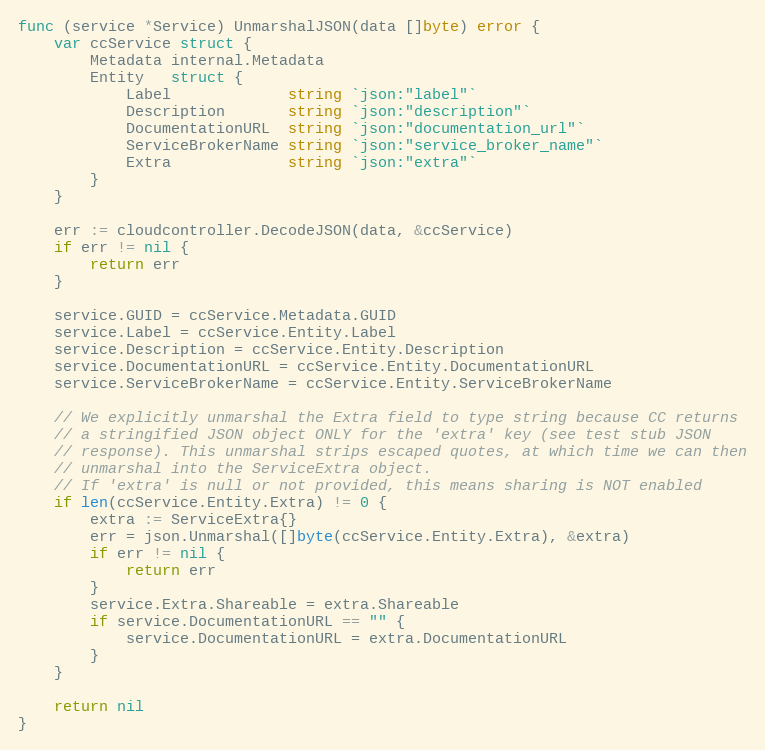
Language: Go
func (service *Service) UnmarshalJSON(data []byte) error {
	var ccService struct {
		Metadata internal.Metadata
		Entity   struct {
			Label             string `json:"label"`
			Description       string `json:"description"`
			DocumentationURL  string `json:"documentation_url"`
			ServiceBrokerName string `json:"service_broker_name"`
			Extra             string `json:"extra"`
		}
	}

	err := cloudcontroller.DecodeJSON(data, &ccService)
	if err != nil {
		return err
	}

	service.GUID = ccService.Metadata.GUID
	service.Label = ccService.Entity.Label
	service.Description = ccService.Entity.Description
	service.DocumentationURL = ccService.Entity.DocumentationURL
	service.ServiceBrokerName = ccService.Entity.ServiceBrokerName

	// We explicitly unmarshal the Extra field to type string because CC returns
	// a stringified JSON object ONLY for the 'extra' key (see test stub JSON
	// response). This unmarshal strips escaped quotes, at which time we can then
	// unmarshal into the ServiceExtra object.
	// If 'extra' is null or not provided, this means sharing is NOT enabled
	if len(ccService.Entity.Extra) != 0 {
		extra := ServiceExtra{}
		err = json.Unmarshal([]byte(ccService.Entity.Extra), &extra)
		if err != nil {
			return err
		}
		service.Extra.Shareable = extra.Shareable
		if service.DocumentationURL == "" {
			service.DocumentationURL = extra.DocumentationURL
		}
	}

	return nil
}